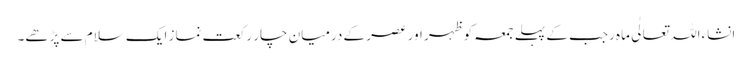
انشاءاللہ تعالٰی ماہ رجب کے پہلے جمعہ کو ظہر اور عصر کے درمیان چار رکعت نماز ایک سلام سے پڑھے۔